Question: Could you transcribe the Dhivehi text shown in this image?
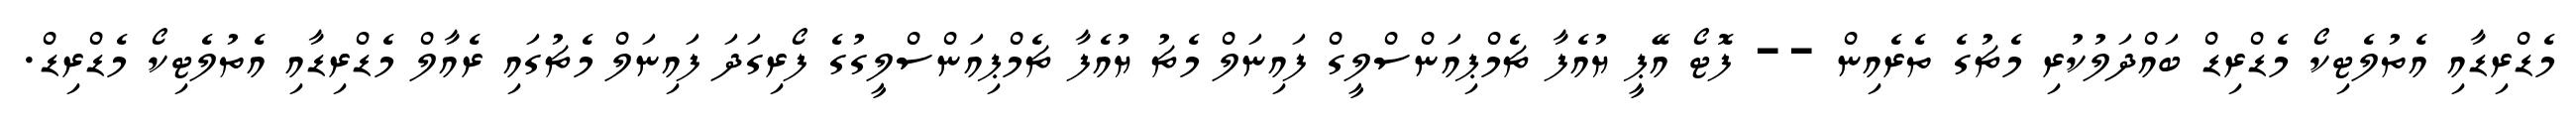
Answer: މެޑްރިޑާއި އެތުލެޓިކޯ މެޑްރިޑް ބައްދަލުކުރި މެޗުގެ ތެރެއިން -- ފޮޓޯ އޭޕީ ޔުއެފާ ޗެމްޕިއަންސްލީގް ފައިނަލް މެޗު ޔުއެފާ ޗެމްޕިއަންސްލީގުގެ ފޯރިގަދަ ފައިނަލް މެޗުގައި ރެއާލް މެޑްރިޑާއި އެތުލެޓިކޯ މެޑްރިޑް.